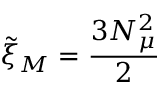
\tilde { \xi } _ { M } = \frac { 3 N _ { \mu } ^ { 2 } } { 2 }